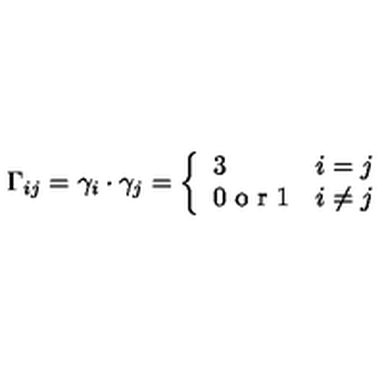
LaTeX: \Gamma _ { i j } = \gamma _ { i } \cdot \gamma _ { j } = \left\{ \begin{array} { l l } { 3 } & { i = j } \\ { 0 \textrm { o r } 1 } & { i \ne j } \\ \end{array} \right.